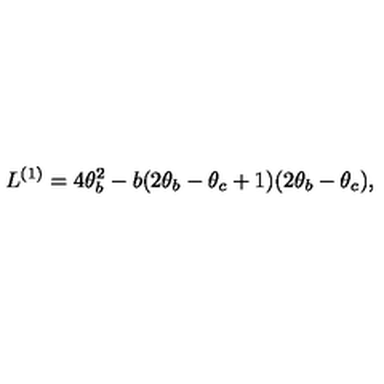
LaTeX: L ^ { ( 1 ) } = 4 \theta _ { b } ^ { 2 } - b ( 2 \theta _ { b } - \theta _ { c } + 1 ) ( 2 \theta _ { b } - \theta _ { c } ) ,